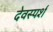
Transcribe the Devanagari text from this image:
देवस्पर्श